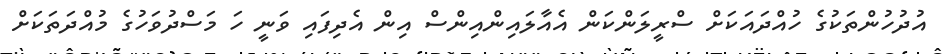
އުދުހުންތަކުގެ ހުއްދައަކަށް ސްރީލަންކަން އެއާލައިންއިންސް އިން އެދިފައި ވަނީ ހަ މަސްދުވަހުގެ މުއްދަތަކަށް